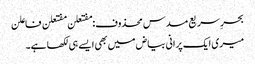
بحرِ سریع مسدس محذوف:مفتعلن مفتعلن فاعلن
میری ایک پرانی بیاض میں بھی ایسے ہی لکھا ہے۔